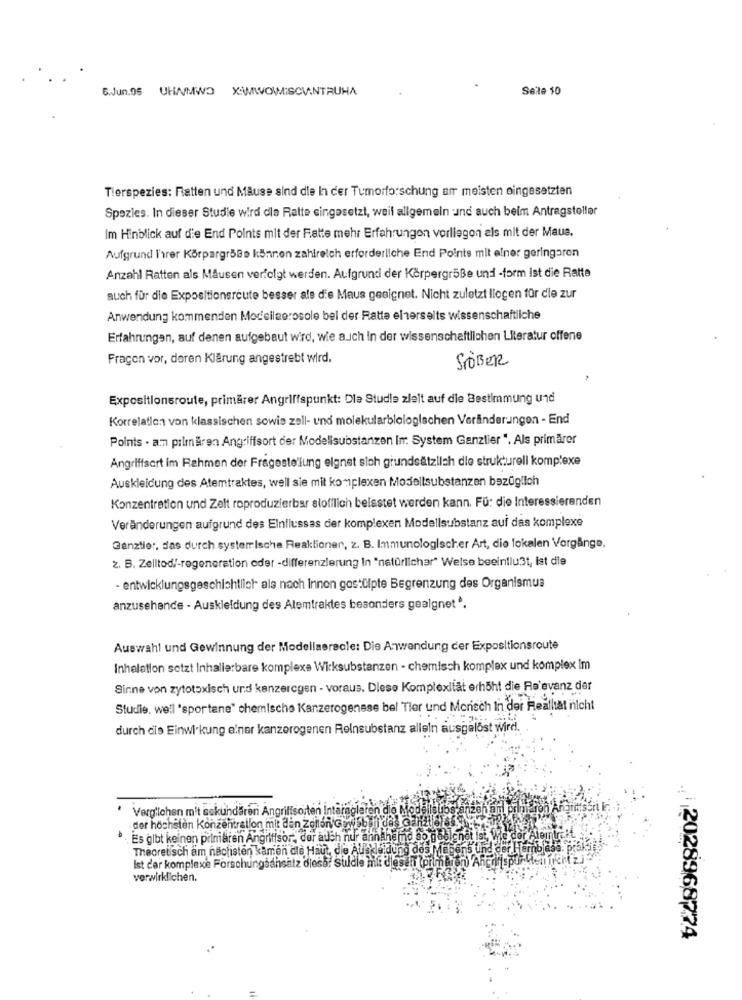
6.Jun.95 UHMWO XIMWOWMISCWINTRUHA
Seite 10
Tierspezies: Ratten und Mäuse sind die In der Tumorforschung am meisten eingesetzten
Spezies. In dieser Studie wird dla Ratte eingesetzt, weil allgemein und auch beim Antragsteller
Im Hinblick auf die End Points mit der Fatte mehr Erfahrungon vorliegen als mit der Maus.
Aufgrund T'rer Körpargr5Be können zahlreich erforderliche End Points mit einer geringoren
Anzahl Ratten als Mäusen verfolgt werden. Aufgrund der Körpergröße und -form ist die Ratte
auch für die Expositionercute besser als die Maus geeignet. Nicht zuletzt llogen für cle zur
Anwendung kommenden Modellaerosole bel der Ratte elerselts wissenschaftliche
Erfahrungen, auf denen aufgebaut wird, wie auch in der wissenschaftlichen Literatur offene
Fragen vor, deren Klärung angestrebt wird.
STÖBER
Expositionsroute, primärer Angriffspunkt: Dle Studie zielt auf die Bestimmung und
Korrelation von klassischen sowie zell- und molekularbiologischen Veränderungen - End
Points . am pilmären Angriffsort der Modelisubstanzen In: System Ganzlier ". Als primärer
Angriffsort im Rahmen der Fragestellung eignet sich grundsätzlich die strukturell komplexe
Auskleidung des Atemtraktes, well sie mit komplexen Modellsubstanzen bezüglich
Konzentration und Zelt roproduzierbar slofilich belastet werden kann. Fü: die Interessierenden
Veränderungen aufgrund des Einflussas der komplexen Modellsubstanz auf das komplexe
Ganztie :, das durch systemrische Reaktionen, z. B. Immunologischer Art, die lokalen Vorgänge,
z. B. Zelltod/-regeneration oder -differenzierung In "natürlicher" Welse beeinflußt, ist die
- entwicklungsgeschichtlich als nach Innen gos:ülpte Begrenzung des Organismus
anzusehende - Auskleidung des Alemtraktes besonders gealgnet *.
Auswahl und Gewinnung der Modellaeracle: Die Anwendung cer Expositionsroute
Inhalation setzt Inhalierbare komplexe Wicksubstanzen - chemisch komplex und komplex im
Sinne von zytotoxisch und kanzeregen - voraus. Dlese Komplexität erhöht die Relevanz der
Studie. well 'sportene" chemische Kanzerogenese bel Tier und Mensch In der Reallat nicht
durch die Einwirkung einer kanzerogenen Reinsubstanz alleln ausgelöst Wird.
' Vergilchen mit sekundären Angriffsorten Intereclaren die Mod
der höchsten Konzentration mit dan Zellon Gov5bini das canalle
Es gibt keinen primären Angriffsor, der auch nur annaheind so g&bl
Theoretisch am nächsten kamen die Haut, die Allakleidung des Magens und de
Ist der komplexe Forschungaansalz dless: Studie mit diesen (primeron) And
verwirklichen.
. 2028968774